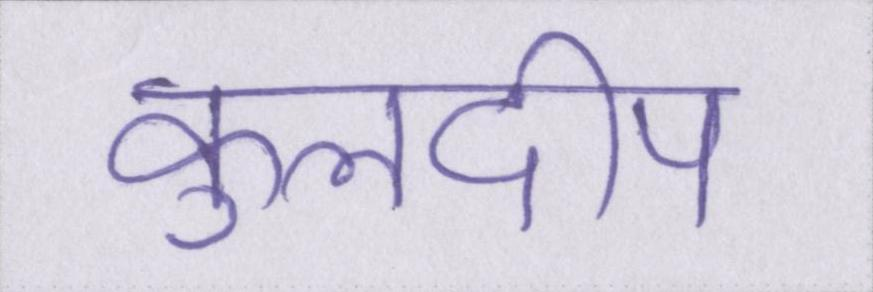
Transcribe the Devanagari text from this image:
कुलदीप